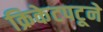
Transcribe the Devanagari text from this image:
क्रिकेटपटूने